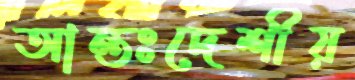
আন্তঃদেশীয়